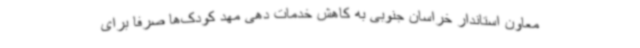
معاون استاندار خراسان جنوبی به کاهش خدمات دهی مهد کودک‌ها صرفاً برای